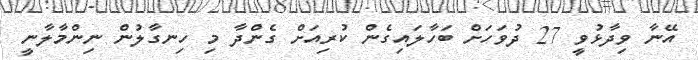
އޭނާ ވިދާޅުވީ 27 ދުވަހަށް ބަހާލައިގެން ކުރިއަށް ގެންދާ މި ހިނގާލުން ނިންމާލާނީ